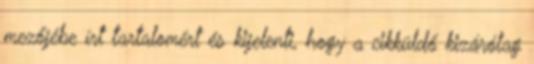
mezőjébe írt tartalomért és kijelenti, hogy a cikküldő kizárólag